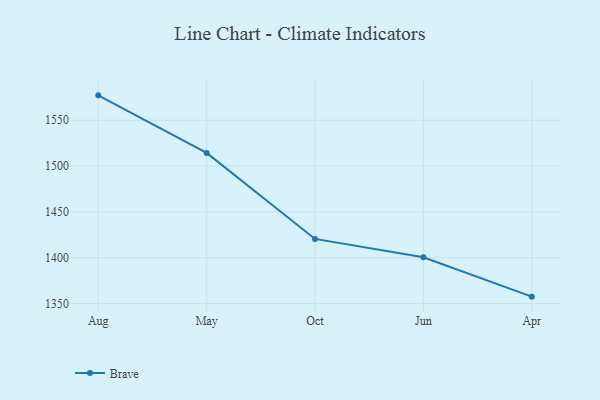
{"axis": {"x": "Month", "y": "Conversion Rate (%)"}, "legend": ["Brave"], "data": [{"x": "Aug", "y": 1577.2, "type": "Brave"}, {"x": "May", "y": 1514.4, "type": "Brave"}, {"x": "Oct", "y": 1420.5, "type": "Brave"}, {"x": "Jun", "y": 1400.5, "type": "Brave"}, {"x": "Apr", "y": 1357.5, "type": "Brave"}]}